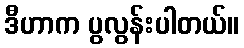
ဒီဟာက ပွလွန်းပါတယ်။